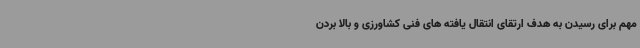
مهم برای رسیدن به هدف ارتقای انتقال یافته های فنی کشاورزی و بالا بردن